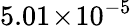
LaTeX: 5.01\! \times\! 10^{-5}